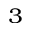
^ 3